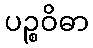
ပဉ္စဝိဓာ